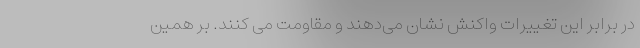
در برابر این تغییرات واکنش نشان می‌دهند و مقاومت می کنند. بر همین